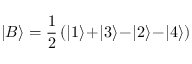
| B \rangle = \frac { 1 } { 2 } \, ( | 1 \rangle \! + \! | 3 \rangle \! - \! | 2 \rangle \! - \! | 4 \rangle )